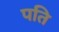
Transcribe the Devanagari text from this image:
पति